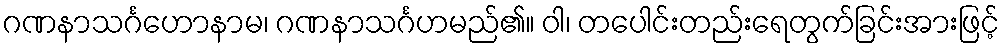
ဂဏနာသင်္ဂဟောနာမ၊ ဂဏနာသင်္ဂဟမည်၏။ ဝါ၊ တပေါင်းတည်းရေတွက်ခြင်းအားဖြင့်